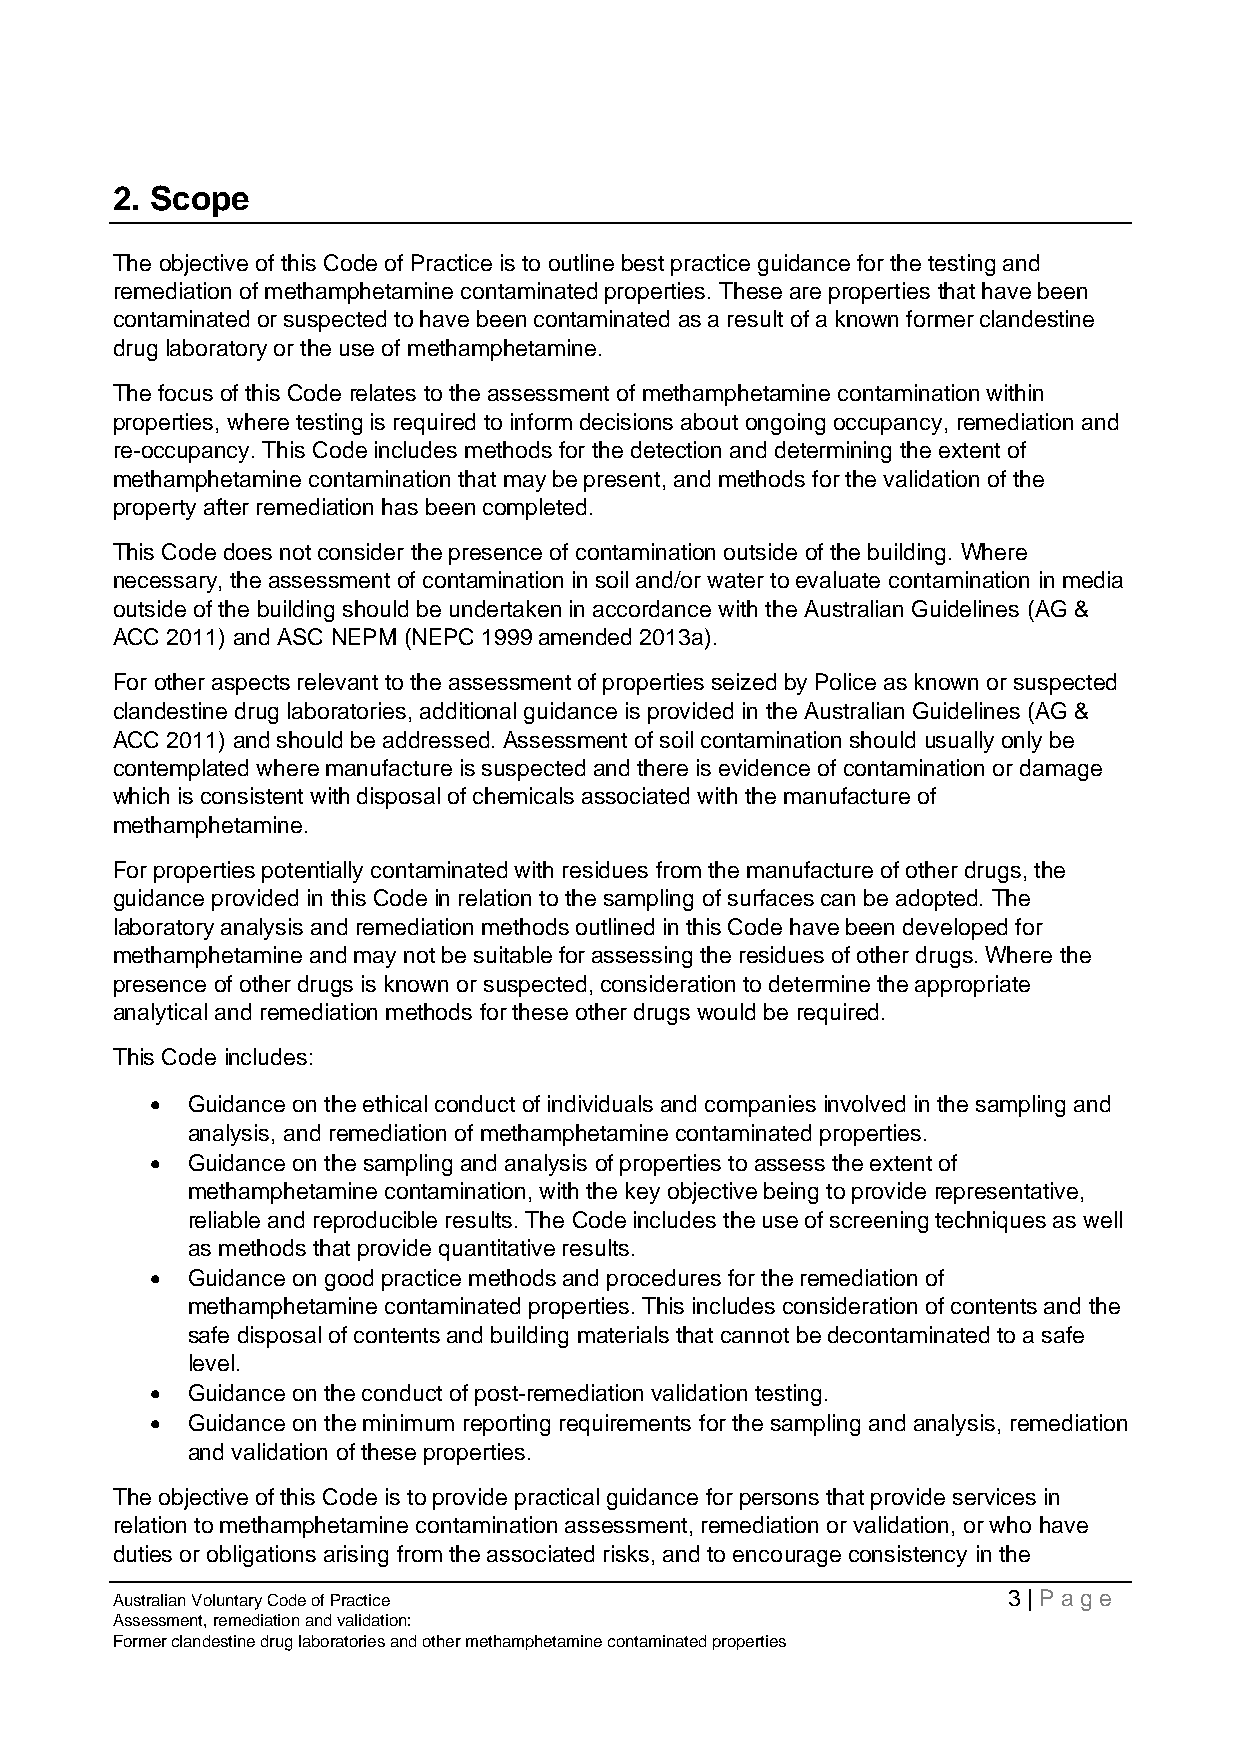
2. Scope
 The objective of this Code of Practice is to outline best practice guidance for the testing and
 remediation of methamphetamine contaminated properties. These are properties that have been
 contaminated or suspected to have been contaminated as a result of a known former clandestine
 drug laboratory or the use of methamphetamine.
 The focus of this Code relates to the assessment of methamphetamine contamination within
 properties, where testing is required to inform decisions about ongoing occupancy, remediation and
 re-occupancy. This Code includes methods for the detection and determining the extent of
 methamphetamine contamination that may be present, and methods for the validation of the
 property after remediation has been completed.
 This Code does not consider the presence of contamination outside of the building. Where
 necessary, the assessment of contamination in soil and/or water to evaluate contamination in media
 outside of the building should be undertaken in accordance with the Australian Guidelines (AG &
 ACC 2011) and ASC NEPM (NEPC 1999 amended 2013a).
 For other aspects relevant to the assessment of properties seized by Police as known or suspected
 clandestine drug laboratories, additional guidance is provided in the Australian Guidelines (AG &
 ACC 2011) and should be addressed. Assessment of soil contamination should usually only be
 contemplated where manufacture is suspected and there is evidence of contamination or damage
 which is consistent with disposal of chemicals associated with the manufacture of
 methamphetamine.
 For properties potentially contaminated with residues from the manufacture of other drugs, the
 guidance provided in this Code in relation to the sampling of surfaces can be adopted. The
 laboratory analysis and remediation methods outlined in this Code have been developed for
 methamphetamine and may not be suitable for assessing the residues of other drugs. Where the
 presence of other drugs is known or suspected, consideration to determine the appropriate
 analytical and remediation methods for these other drugs would be required.
 This Code includes:
 • Guidance on the ethical conduct of individuals and companies involved in the sampling and
 analysis, and remediation of methamphetamine contaminated properties.
 • Guidance on the sampling and analysis of properties to assess the extent of
 methamphetamine contamination, with the key objective being to provide representative,
 reliable and reproducible results. The Code includes the use of screening techniques as well
 as methods that provide quantitative results.
 • Guidance on good practice methods and procedures for the remediation of
 methamphetamine contaminated properties. This includes consideration of contents and the
 safe disposal of contents and building materials that cannot be decontaminated to a safe
 level.
 • Guidance on the conduct of post-remediation validation testing.
 • Guidance on the minimum reporting requirements for the sampling and analysis, remediation
 and validation of these properties.
 The objective of this Code is to provide practical guidance for persons that provide services in
 relation to methamphetamine contamination assessment, remediation or validation, or who have
 duties or obligations arising from the associated risks, and to encourage consistency in the
 Australian Voluntary Code of Practice                       3 | Page
 Assessment, remediation and validation:
 Former clandestine drug laboratories and other methamphetamine contaminated properties